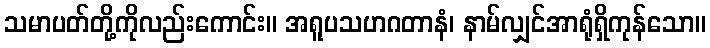
သမာပတ်တို့ကိုလည်းကောင်း။ အရူပသဟဂတာနံ၊ နာမ်လျှင်အာရုံရှိကုန်သော။